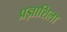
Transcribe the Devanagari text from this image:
प्रज्ञाशिला